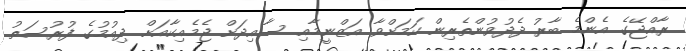
ރާއްޖޭގެ އެންމެ ބާރު ދެދުވުންތެރިން ކަމަށްވާ އަޒްނީމާއި ސާއިދަށް ޖެމެއިކާއަށް ދިއުމުގެ ފުރުސަތު